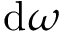
\mathrm { d } \omega